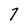
Character: 7